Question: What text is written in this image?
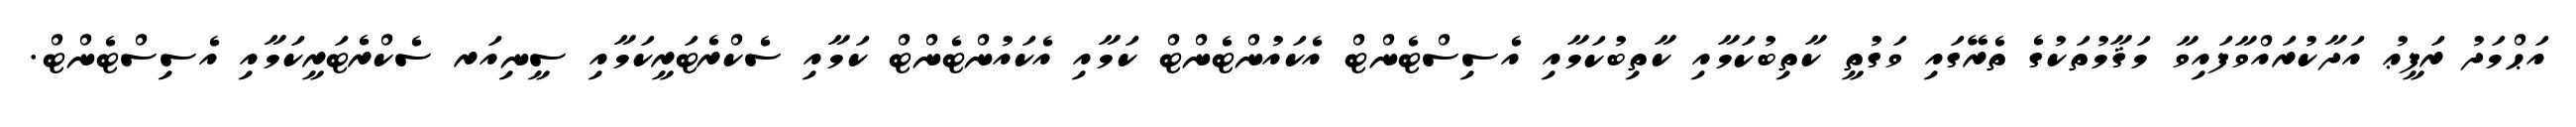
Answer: އަޙްމަދު ރަފީޢު އަދާކުރައްވާފައިވާ މަޤާމުތަކުގެ ތެރޭގައި ވަގުތީ ކާތިބުކަމާއި ކާތިބުކަމާއި އެސިސްޓެންޓް އެކައުންޓެންޓް ކަމާއި އެކައުންޓެންޓް ކަމާއި ސެކްރެޓަރީކަމާއި ސީނިއަރ ސެކްރެޓަރީކަމާއި އެސިސްޓެންޓް.